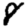
Digit: 8